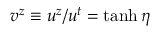
v ^ { z } \equiv u ^ { z } / u ^ { t } = \operatorname { t a n h } \eta